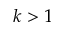
k > 1